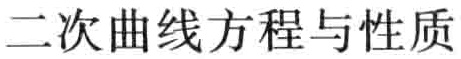
二次曲线方程与性质